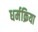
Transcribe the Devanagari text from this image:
धर्मक्रिया